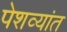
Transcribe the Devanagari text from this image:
पेशव्यांत